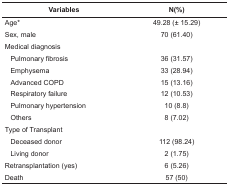
| <COLSPAN=2> Variables | N(%) |
 | --- | --- | --- |
 | <COLSPAN=2> Age* | 49.28 (± 15.29) |
 | <COLSPAN=2> Sex, male | 70 (61.40) |
 | <COLSPAN=2> Medical diagnosis |  |
 |  | Pulmonary fibrosis | 36 (31.57) |
 |  | Emphysema | 33 (28.94) |
 |  | Advanced COPD | 15 (13.16) |
 |  | Respiratory failure | 12 (10.53) |
 |  | Pulmonary hypertension | 10 (8.8) |
 |  | Others | 8 (7.02) |
 | <COLSPAN=2> Type of Transplant |  |
 |  | Deceased donor | 112 (98.24) |
 |  | Living donor | 2 (1.75) |
 | <COLSPAN=2> Retransplantation (yes) | 6 (5.26) |
 | <COLSPAN=2> Death | 57 (50) |